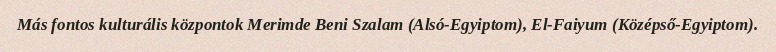
Más fontos kulturális központok Merimde Beni Szalam (Alsó-Egyiptom), El-Faiyum (Középső-Egyiptom).